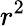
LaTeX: r^{2}